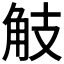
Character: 𧣄